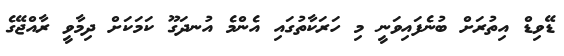
ޑޭވިޑް އިތުރަށް ބުނެފައިވަނީ މި ހަރަކާތުގައި އެންމެ އުނދަގޫ ކަމަކަށް ދިމާވީ ރާއްޖޭގެ